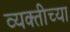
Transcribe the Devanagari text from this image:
व्‍यक्‍तीच्‍या